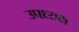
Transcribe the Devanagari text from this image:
उपध्यक्ष